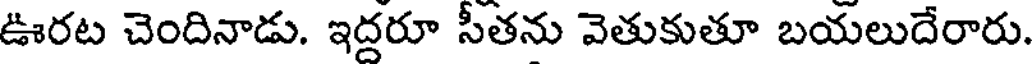
ఊరట చెందినాడు. ఇద్దరూ సీతను వెతుకుతూ బయలుదేరారు.